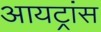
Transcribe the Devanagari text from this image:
आयट्रांस